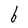
Character: b